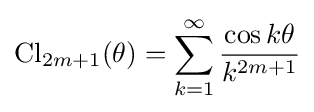
\operatorname {Cl} _{2m+1}(\theta )=\sum _{k=1}^{\infty }{\frac {\cos k\theta }{k^{2m+1}}}